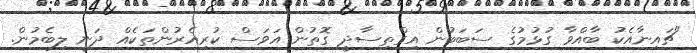
"ޗައިނާއެކު ބާއްވާ ގުޅުމުގެ ސަބަބުން އިގްތިސާދީ ގޮތުން އަވަސް ކުރިއެރުންތަކެއް ދަނީ ލިބެމުން.